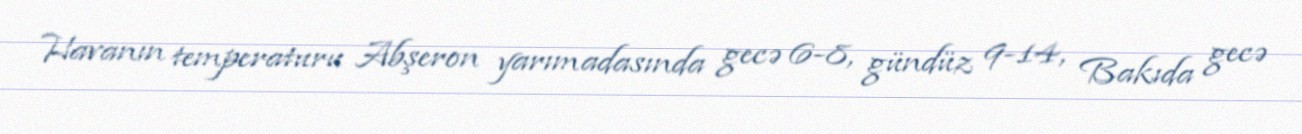
Havanın temperaturu Abşeron yarımadasında gecə 6-8, gündüz 9-14, Bakıda gecə